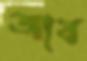
আব